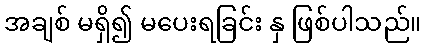
အချစ် မရှိ၍ မပေးရခြင်း နှ ဖြစ်ပါသည်။